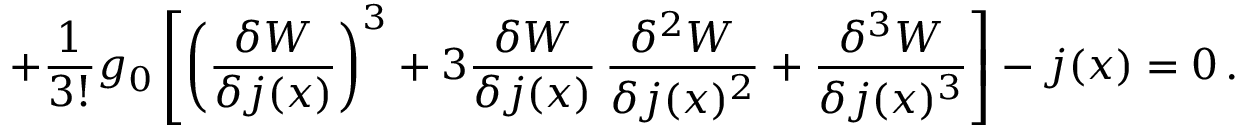
+ \frac { 1 } { 3 ! } g _ { 0 } \left[ \left( \frac { \delta W } { \delta j ( x ) } \right) ^ { 3 } + 3 \frac { \delta W } { \delta j ( x ) } \, \frac { \delta ^ { 2 } W } { \delta j ( x ) ^ { 2 } } + \frac { \delta ^ { 3 } W } { \delta j ( x ) ^ { 3 } } \right] - j ( x ) = 0 \, .